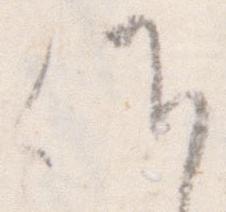
候